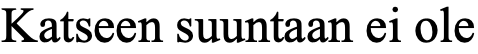
Katseen suuntaan ei ole